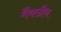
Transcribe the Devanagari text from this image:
मैकग्रैथ